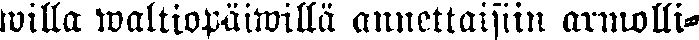
willa waltiopäiwillä annettaisiin armolli-